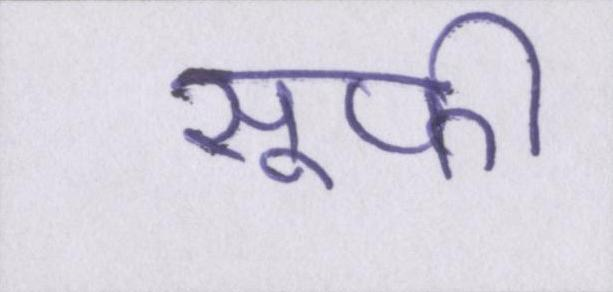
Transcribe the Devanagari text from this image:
सूफ़ी